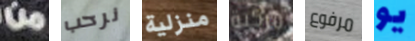
من نرحب منزلية مركبة مرفوع يو